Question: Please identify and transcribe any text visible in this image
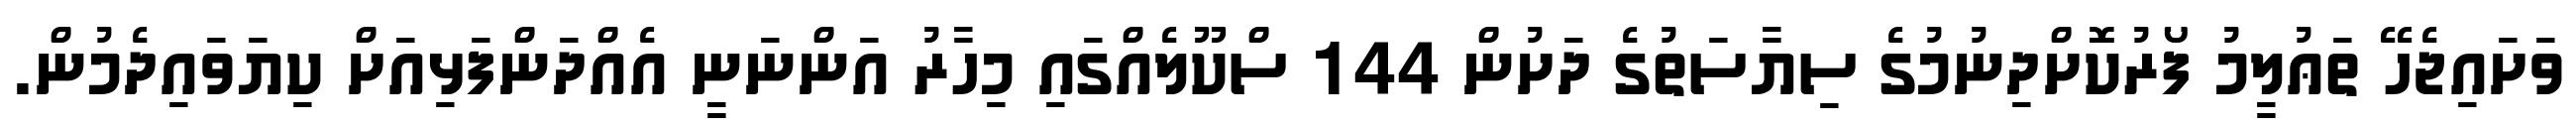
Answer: ވަށައިޖެހޭ ތަޢުލީމު ފޯރުކޮށްދިނުމުގެ ސިޔާސަތުގެ ދަށުން 144 ސްކޫލެއްގައި މިހާރު އަންނަނީ އެއްދަންފަޅިއަށް ކިޔަވައިދެމުން.